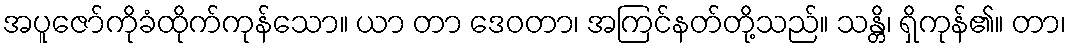
အပူဇော်ကိုခံထိုက်ကုန်သော။ ယာ တာ ဒေဝတာ၊ အကြင်နတ်တို့သည်။ သန္တိ၊ ရှိကုန်၏။ တာ၊